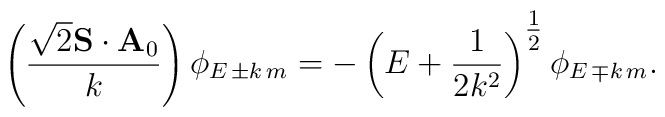
\left( \frac{\sqrt{2}{\bf S}\cdot{\bf A}_{0}}{k}\right) \phi_{E\,\pm k\,m}=-\left(E+\frac{1}{2k^{2}}\right)^{\mbox{$\frac{1}{2}$}}\phi_{E\,\mp k\,m}.